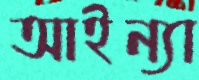
আইন্যা